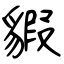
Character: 貑